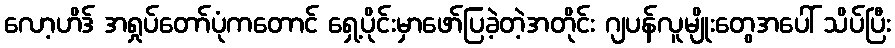
လော့ဟိဒ် အရှုပ်တော်ပုံကတောင် ရှေ့ပိုင်းမှာဖော်ပြခဲ့တဲ့အတိုင်း ဂျပန်လူမျိုးတွေအပေါ် သိပ်ပြီး